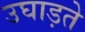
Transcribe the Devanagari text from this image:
उघाड़ते